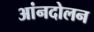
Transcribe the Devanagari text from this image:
आंनदोलन